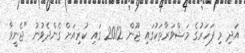
އަދި މި ފަހަރުގެ މަޝްވަރާތަކުގައި ޖޫން 2012 ގައި ކުރިއަށް ގެންދެވުނު "ޖެނީވާ